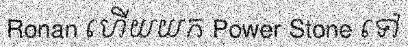
Ronan ហើយយក Power Stone ទៅ